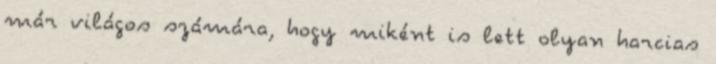
már világos számára, hogy miként is lett olyan harcias